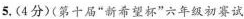
5.(4分)(第十届”新希望杯”六年级初赛试